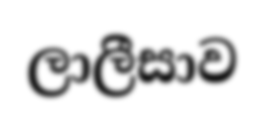
ලාලීසාව